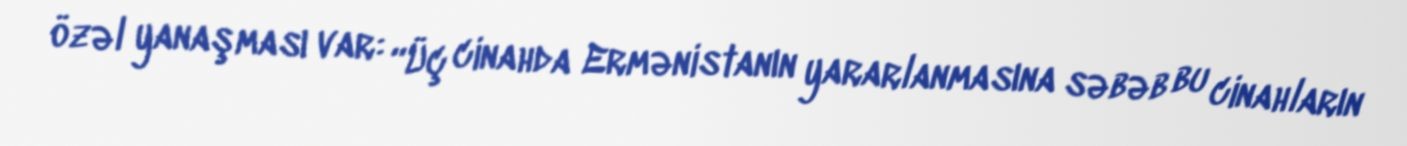
özəl yanaşması var: “Üç cinahda Ermənistanın yararlanmasına səbəb bu cinahların